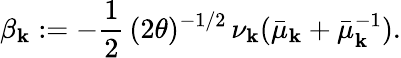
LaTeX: \beta_{\mathbf{k}}:=-\frac{{1}}{{2}}\, (2\theta)^{-1/2}\, \nu_{\mathbf{k}}(\bar{{\mu}}_{\mathbf{k}}+\bar{{\mu}}_{\mathbf{k}}^{-1}).